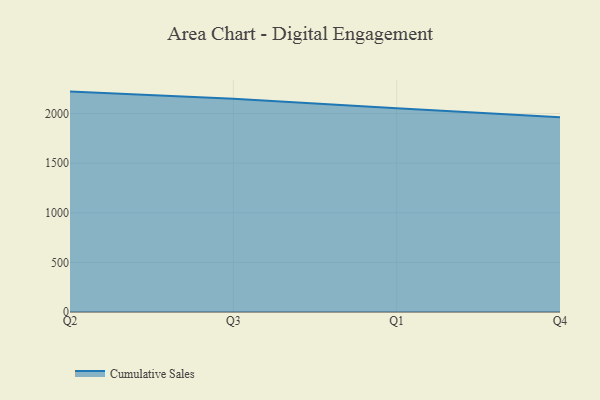
{"axis": {"x": "Quarter", "y": "Conversion Rate (%)"}, "legend": ["Cumulative Sales"], "data": [{"x": "Q2", "y": 2220.6, "type": "Cumulative Sales"}, {"x": "Q3", "y": 2148.6, "type": "Cumulative Sales"}, {"x": "Q1", "y": 2051.8, "type": "Cumulative Sales"}, {"x": "Q4", "y": 1962.9, "type": "Cumulative Sales"}]}